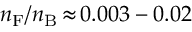
n _ { \mathrm { F } } / n _ { \mathrm { B } } \, { \approx } \, 0 . 0 0 3 - 0 . 0 2